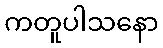
ကတူပါသနော